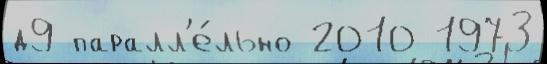
д9 паралл'е́льно 2010 1973